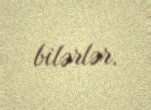
bilərlər.